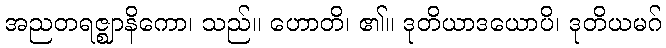
အညတရဇ္ဈာနိကော၊ သည်။ ဟောတိ၊ ၏။ ဒုတိယာဒယောပိ၊ ဒုတိယမဂ်